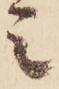
ミ